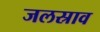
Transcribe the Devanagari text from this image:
जलस्राव